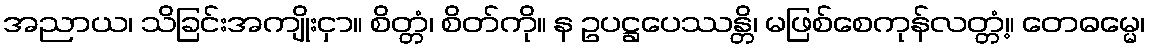
အညာယ၊ သိခြင်းအကျိုးငှာ။ စိတ္တံ၊ စိတ်ကို။ န ဥပဋ္ဌပေဿန္တိ၊ မဖြစ်စေကုန်လတ္တံ့။ တေဓမ္မေ၊